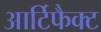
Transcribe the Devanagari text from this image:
आर्टिफैक्ट